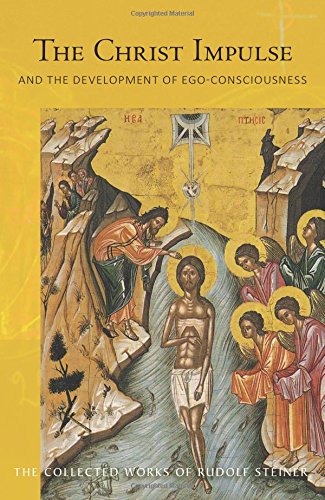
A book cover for The Christ Impulse: And the Development of Ego-Consciousness (Collected Works of Rudolf Steiner); Rudolf Steiner; Religion & Spirituality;